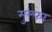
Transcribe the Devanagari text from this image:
मुल्फा